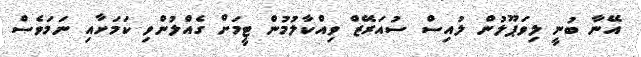
އޭނާ ބުނީ ލިވަޕޫލުން ލުއިސް ސުއަރޭޒް ވިއްކާލުމުން ޓީމަށް ގެއްލުންވި ކަމަށާއި ނަމަވެސް